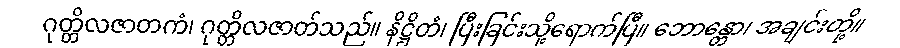
ဂုတ္တိလဇာတကံ၊ ဂုတ္တိလဇာတ်သည်။ နိဋ္ဌိတံ၊ ပြီးခြင်းသို့ရောက်ပြီ။ ဘောန္တော၊ အချင်းတို့။